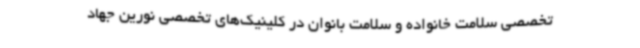
تخصصی سلامت خانواده و سلامت بانوان در کلینیک‌های تخصصی نورین جهاد